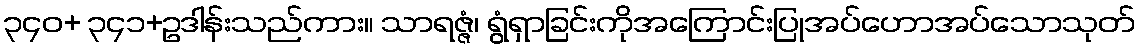
၃၄၀+ ၃၄၁+ဥဒါန်းသည်ကား။ သာရဇ္ဇံ၊ ရွံရှာခြင်းကိုအကြောင်းပြုအပ်ဟောအပ်သောသုတ်